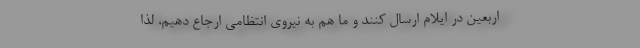
اربعین در ایلام ارسال کنند و ما هم به نیروی انتظامی ارجاع دهیم، لذا